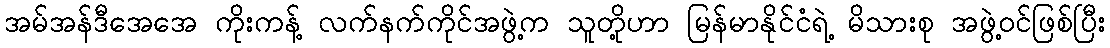
အမ်အန်ဒီအေအေ ကိုးကန့် လက်နက်ကိုင်အဖွဲ့က သူတို့ဟာ မြန်မာနိုင်ငံရဲ့ မိသားစု အဖွဲ့ဝင်ဖြစ်ပြီး